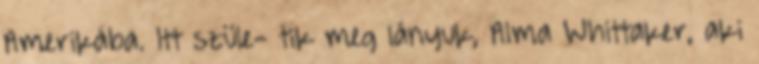
Amerikába. Itt szüle- tik meg lányuk, Alma Whittaker, aki